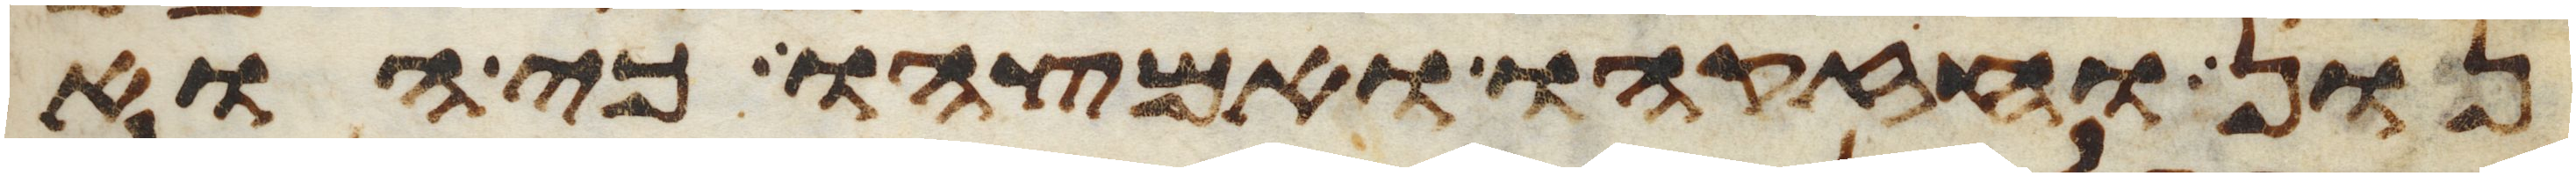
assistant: נון וחזקהו ואמצהו כי הוא